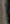
)